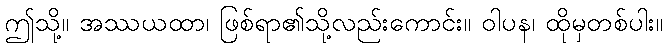
ဤသို့။ အဿယထာ၊ ဖြစ်ရာ၏သို့လည်းကောင်း။ ဝါပန၊ ထိုမှတစ်ပါး။